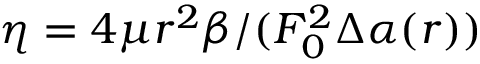
\eta = 4 \mu r ^ { 2 } \beta / ( F _ { 0 } ^ { 2 } \Delta \alpha ( r ) )